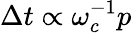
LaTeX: \Delta t\propto\omega_{c}^{-1}p